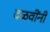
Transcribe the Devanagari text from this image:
दळवींनी